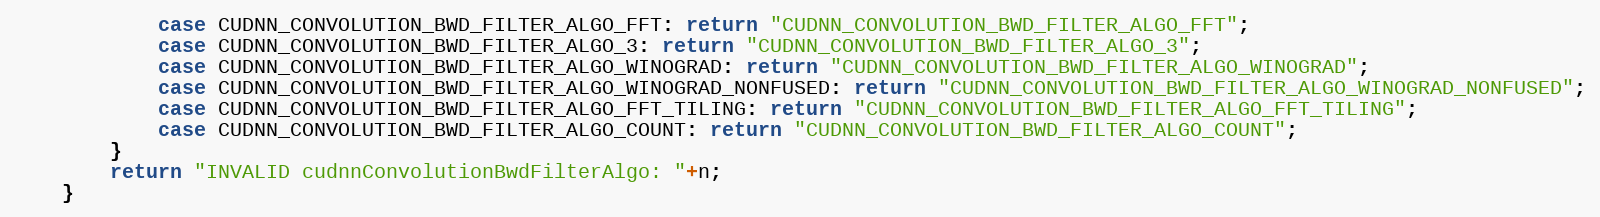
Language: Java
            case CUDNN_CONVOLUTION_BWD_FILTER_ALGO_FFT: return "CUDNN_CONVOLUTION_BWD_FILTER_ALGO_FFT";
            case CUDNN_CONVOLUTION_BWD_FILTER_ALGO_3: return "CUDNN_CONVOLUTION_BWD_FILTER_ALGO_3";
            case CUDNN_CONVOLUTION_BWD_FILTER_ALGO_WINOGRAD: return "CUDNN_CONVOLUTION_BWD_FILTER_ALGO_WINOGRAD";
            case CUDNN_CONVOLUTION_BWD_FILTER_ALGO_WINOGRAD_NONFUSED: return "CUDNN_CONVOLUTION_BWD_FILTER_ALGO_WINOGRAD_NONFUSED";
            case CUDNN_CONVOLUTION_BWD_FILTER_ALGO_FFT_TILING: return "CUDNN_CONVOLUTION_BWD_FILTER_ALGO_FFT_TILING";
            case CUDNN_CONVOLUTION_BWD_FILTER_ALGO_COUNT: return "CUDNN_CONVOLUTION_BWD_FILTER_ALGO_COUNT";
        }
        return "INVALID cudnnConvolutionBwdFilterAlgo: "+n;
    }